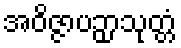
အဝိဇ္ဇာပဉှာသုတ္တံ